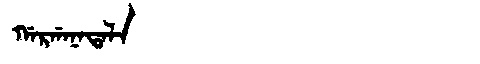
Manchu: ᡤᠠᡵᡤᠠᠨᠠᡨᠠᠯᠠ
Romanization: GARGANATALA